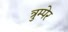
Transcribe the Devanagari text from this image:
त्रुम्पेर